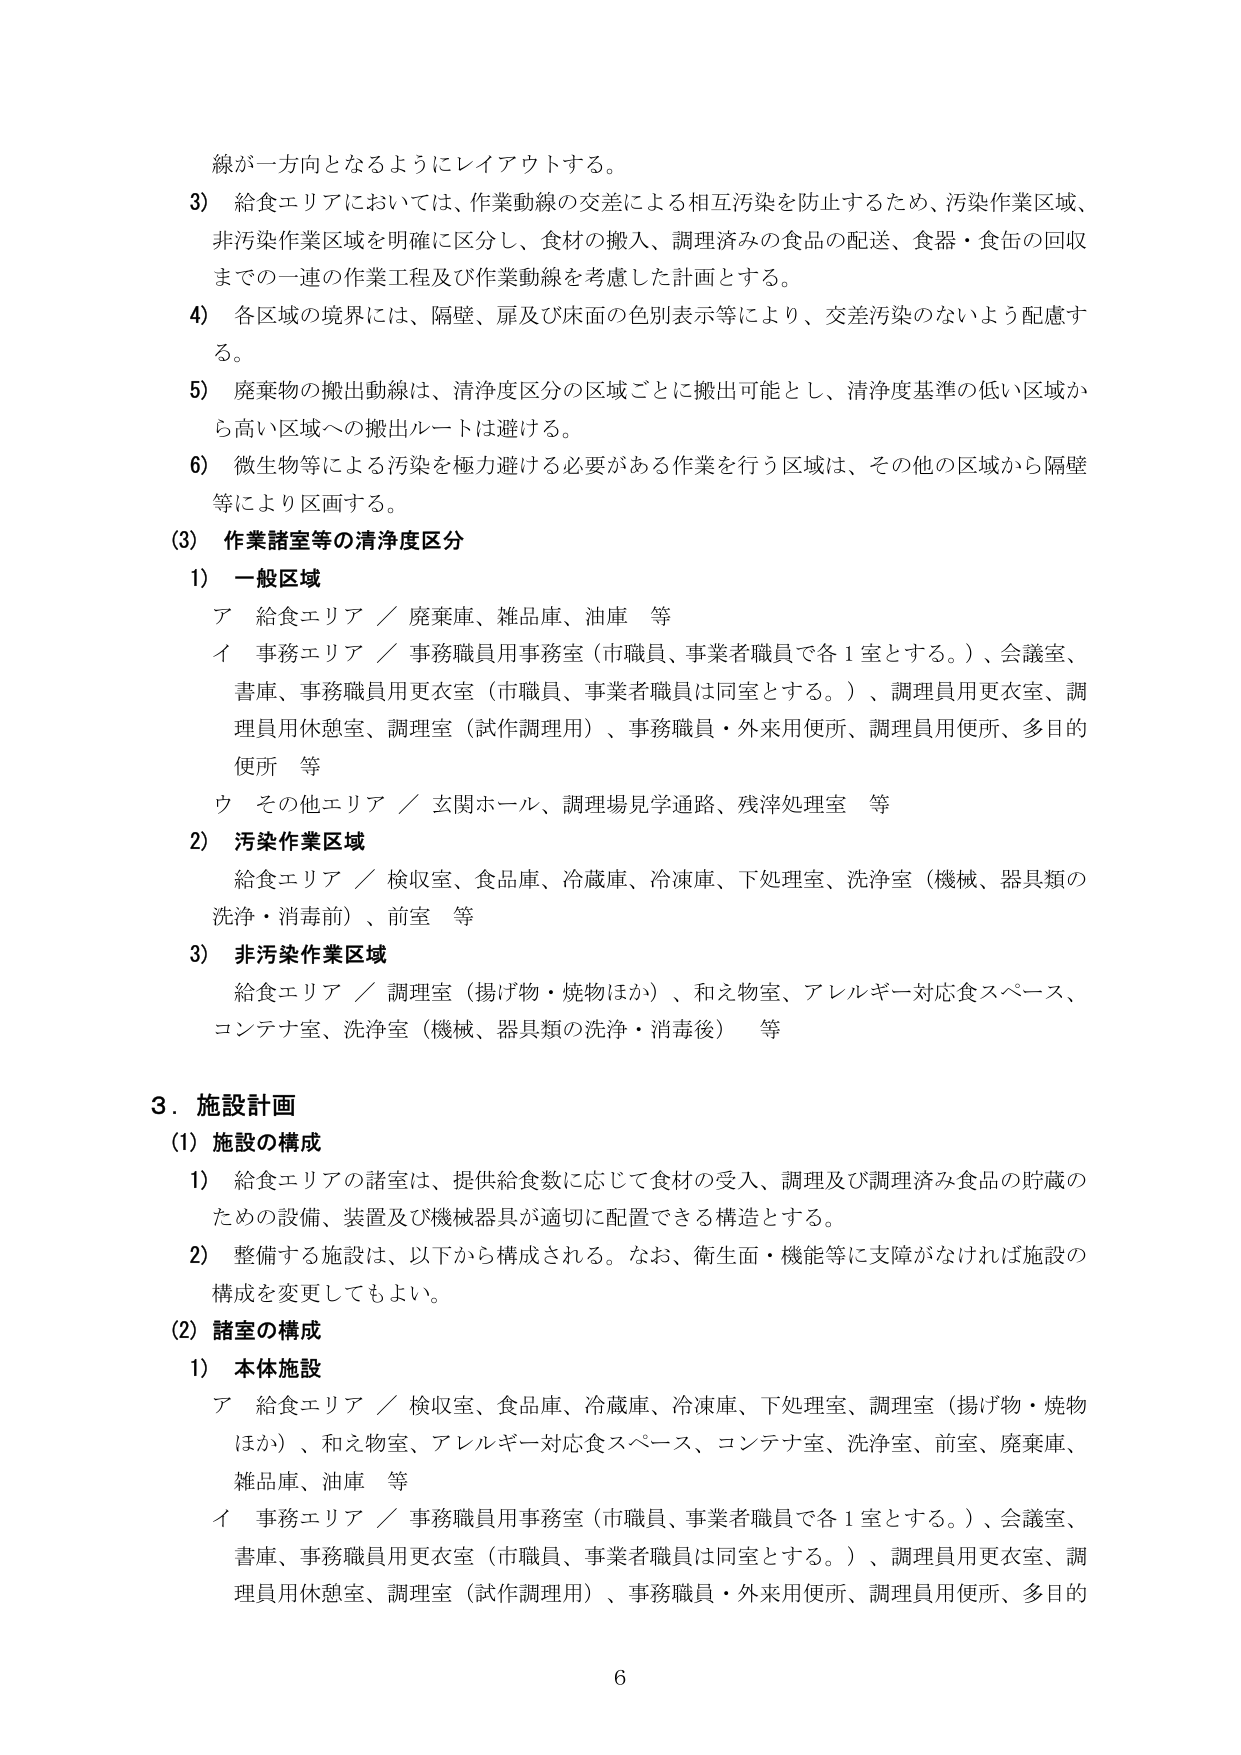
線が一方向となるようにレイアウトする。

3) 給食エリアにおいては、作業動線の交差による相互汚染を防止するため、汚染作業区域、非汚染作業区域を明確に区分し、食材の搬入、調理済みの食品の配送、食器・食缶の回収までの一連の作業工程及び作業動線を考慮した計画とする。

4) 各区域の境界には、隔壁、扉及び床面の色別表示等により、交差汚染のないよう配慮する。

5) 廃棄物の搬出動線は、清浄度区分の区域ごとに搬出可能とし、清浄度基準の低い区域から高い区域への搬出ルートは避ける。

6) 微生物等による汚染を極力避ける必要がある作業を行う区域は、その他の区域から隔壁等により区画する。

(3) 作業諸室等の清浄度区分

1) 一般区域
ア 給食エリア／廃棄庫、雑品庫、油庫 等
イ 事務エリア／事務職員用事務室（市職員、事業者職員で各1室とする。）、会議室、書庫、事務職員用更衣室（市職員、事業者職員は同室とする。）、調理員用更衣室、調理員用休憩室、調理室（試作調理用）、事務職員・外来用便所、調理員用便所、多目的便所 等
ウ その他エリア／玄関ホール、調理場見学通路、残滓処理室 等

2) 汚染作業区域
給食エリア／検収室、食品庫、冷蔵庫、冷凍庫、下処理室、洗浄室（機械、器具類の洗浄・消毒前）、前室 等

3) 非汚染作業区域
給食エリア／調理室（揚げ物・焼物ほか）、和え物室、アレルギー対応食スペース、コンテナ室、洗浄室（機械、器具類の洗浄・消毒後） 等

3. 施設計画

(1) 施設の構成
1) 給食エリアの諸室は、提供給食数に応じて食材の受入、調理及び調理済み食品の貯蔵のための設備、装置及び機械器具が適切に配置できる構造とする。
2) 整備する施設は、以下から構成される。なお、衛生面・機能等に支障がなければ施設の構成を変更してもよい。

(2) 諸室の構成
1) 本体施設
ア 給食エリア／検収室、食品庫、冷蔵庫、冷凍庫、下処理室、調理室（揚げ物・焼物ほか）、和え物室、アレルギー対応食スペース、コンテナ室、洗浄室、前室、廃棄庫、雑品庫、油庫 等
イ 事務エリア／事務職員用事務室（市職員、事業者職員で各1室とする。）、会議室、書庫、事務職員用更衣室（市職員、事業者職員は同室とする。）、調理員用更衣室、調理員用休憩室、調理室（試作調理用）、事務職員・外来用便所、調理員用便所、多目的

6